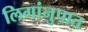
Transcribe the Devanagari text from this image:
लिगांनुपात